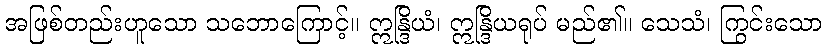
အဖြစ်တည်းဟူသော သဘောကြောင့်။ ဣန္ဒြိယံ၊ ဣန္ဒြိယရုပ် မည်၏။ သေသံ၊ ကြွင်းသော